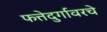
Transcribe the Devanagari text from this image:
फत्तेदुर्गावरचे